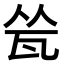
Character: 𬎧